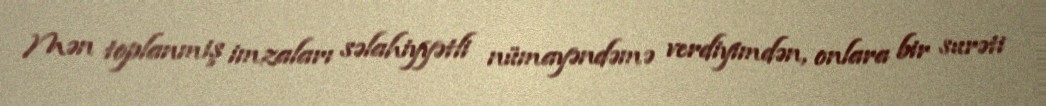
Mən toplanmiş imzaları səlahiyyətli nümayəndəmə verdiyimdən, onlara bir surəti